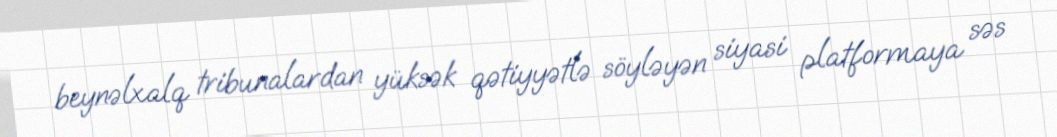
beynəlxalq tribunalardan yüksək qətiyyətlə söyləyən siyasi platformaya səs